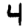
Digit: 4